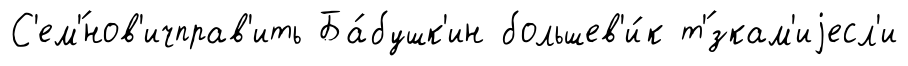
С'ем'́нов'ичправ'ить Ба́бушк'ин большев'и́к т'́зкам'иjесл'и